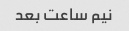
نیم ساعت بعد